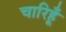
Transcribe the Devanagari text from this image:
चारिहूँ